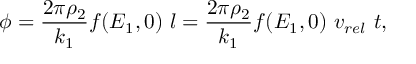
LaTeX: \phi = \frac { 2 \pi \rho _ { 2 } } { k _ { 1 } } f ( E _ { 1 } , 0 ) ~ l = \frac { 2 \pi \rho _ { 2 } } { k _ { 1 } } f ( E _ { 1 } , 0 ) ~ v _ { r e l } ~ t ,